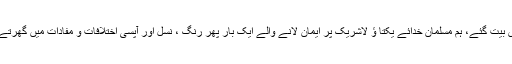
برس ہا برس بیت گئے، ہم مسلمان خدائے یکتا ؤ لاشریک پر ایمان لانے والے ایک بار پھر رنگ ، نسل اور آپسی اختلافات و مفادات میں گھرتے چلے گئے۔